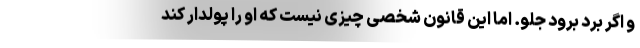
و اگر برد برود جلو. اما این قانون شخصی چیزی نیست که او را پولدار کند